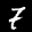
Label: 7